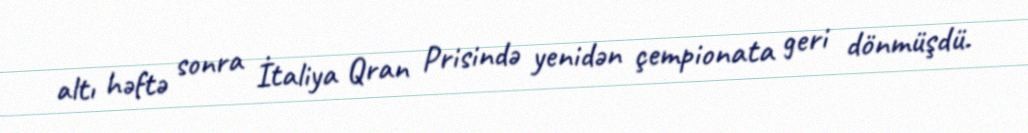
altı həftə sonra İtaliya Qran Prisində yenidən çempionata geri dönmüşdü.